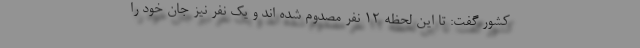
کشور گفت: تا این لحظه ۱۲ نفر مصدوم شده اند و یک نفر نیز جان خود را